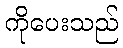
ကိုပေးသည်